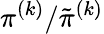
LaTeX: \pi^{(k)}/\tilde{\pi}^{(k)}